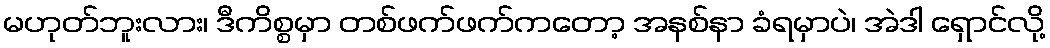
မဟုတ်ဘူးလား၊ ဒီကိစ္စမှာ တစ်ဖက်ဖက်ကတော့ အနစ်နာ ခံရမှာပဲ၊ အဲဒါ ရှောင်လို့